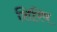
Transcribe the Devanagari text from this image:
शिरिष